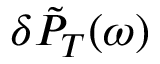
\delta \tilde { P } _ { T } ( \omega )